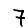
Digit: 7